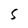
Character: S